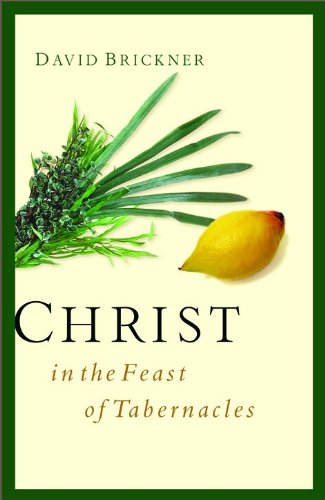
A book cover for Christ in the Feast of Tabernacles; David Brickner; Christian Books & Bibles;